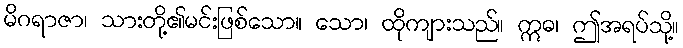
မိဂရာဇာ၊ သားတို့၏မင်းဖြစ်သော။ သော၊ ထိုကျားသည်။ ဣဓ၊ ဤအရပ်သို့။